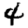
Digit: 4